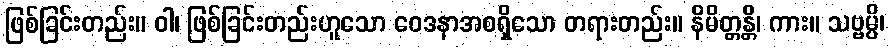
ဖြစ်ခြင်းတည်း။ ဝါ၊ ဖြစ်ခြင်းတည်းဟူသော ဝေဒနာအစရှိသော တရားတည်း။ နိမိတ္တန္တိ၊ ကား။ သဗ္ဗမ္ပိ၊